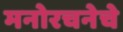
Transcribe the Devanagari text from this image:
मनोरचनेचे